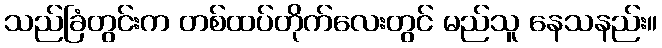
သည်ခြံတွင်းက တစ်ထပ်တိုက်လေးတွင် မည်သူ နေသနည်း။